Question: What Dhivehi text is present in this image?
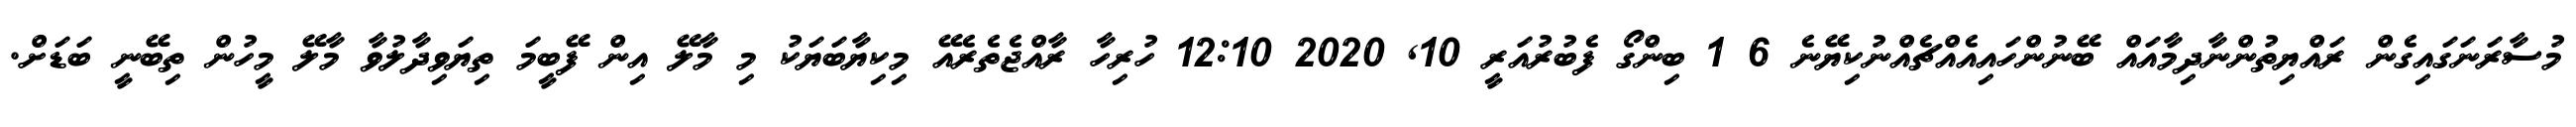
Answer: މުސާރަނަގައިގެން ރައްޔިތުންނާދިމާއައް ބޭނުންހައިއެއްޗެއްނުކިޔޭނެ 6 1 ބިންގޯ ފެބުރުއަރީ 10, 2020 12:10 ހުރިހާ ރާއްޖެތެރެއޭ މިކިޔާބަޔަކު މި މާލޭ އިން ފޭބީމަ ތިޔަވިދާލުވާ މާލޭ މީހުން ތިބޭނީ ބަޑަށް.